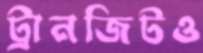
ট্রানজিটও